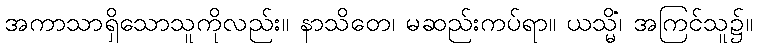
အကာသာရှိသောသူကိုလည်း။ နာသိတေ၊ မဆည်းကပ်ရာ။ ယသ္မိံ၊ အကြင်သူ၌။